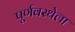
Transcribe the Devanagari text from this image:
पूर्णवस्थेला